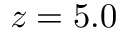
z = 5 . 0